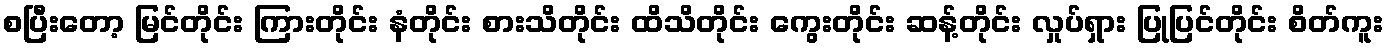
စပြီးတော့ မြင်တိုင်း ကြားတိုင်း နံတိုင်း စားသိတိုင်း ထိသိတိုင်း ကွေးတိုင်း ဆန့်တိုင်း လှုပ်ရှား ပြုပြင်တိုင်း စိတ်ကူး